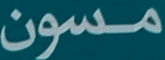
مسون